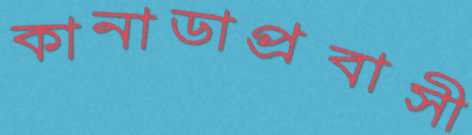
কানাডাপ্রবাসী